Annual report on the health of the army in India
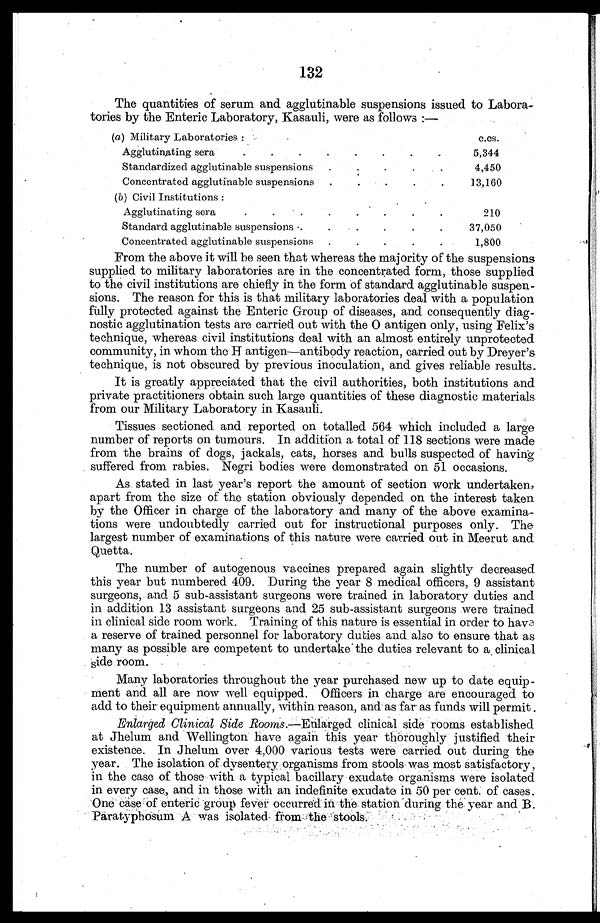
132
The quantities of serum and agglutinable suspensions issued to Labora
-
tories by the Enteric Laboratory, Kasauli, were as follows :—
(a) Military Laboratories:
c . c s .
Agglutinating sera . . .
5,344
Standardized agglutinable suspensions . . .
4,450
Concentrated agglutinable suspensions . . .
1.3,160
( b ) Civil Institutions:
A
A g g l u t i n a t i n g s e r a . . .
210
Standard agglutinable suspensions . . .
37,050
Concentrated agglutinable suspensions . . .
1,800
From the above it will be seen that whereas the majority of the suspensions
supplied to military laboratories are in the concentrated form, those supplied
to the civil institutions are chiefly in the form of standard agglutinable suspen
-
sions. The reason for this is that military laboratories deal with a population
fully protected against the Enteric Group of diseases, and consequently diag
-
nostic agglutination tests are carried out with the O antigen only, using Felix's
technique, whereas civil institutions deal with an almost entirely unprotected
community, in whom the H antigen—antibody reaction, carried out by Dreyer's
technique, is not obscured by previous inoculation, and gives reliable results.
It is greatly appreciated that the civil authorities, both institutions and
private practitioners obtain such large quantities of these diagnostic materials
from our Military Laboratory in Kasauli.
Tissues sectioned and reported on totalled 564 which included a large
number of reports on tumours. In addition a total of 118 sections were made
from the brains of dogs, jackals, cats, horses and bulls suspected of having
suffered from rabies. Negri bodies were demonstrated on 51 occasions.
As stated in last year's report the amount of section work undertaken,
apart from the size of the station obviously depended on the interest taken
by the Officer in charge of the laboratory and many of the above examina
-
tions were undoubtedly carried out for instructional purposes only. The
largest number of examinations of this nature were carried out in Meerut and
Quetta.
The number of autogenous vaccines prepared again slightly decreased
this year but numbered 409. During the year 8 medical officers, 9 assistant
surgeons, and 5 sub-assistant surgeons were trained in laboratory duties and
in addition 13 assistant surgeons and 25 sub-assistant surgeons were trained
in clinical side room work. Training of this nature is essential in order to
h a v e
a reserve of trained personnel for laboratory duties and also to ensure that as
many as possible are competent to undertake the duties relevant to clinic
a l s i d e r o o m .
Many laboratories throughout the year purchased new up to date equip
-
ment and all are now well equipped. Officers in charge are encouraged to
add to their equipment annually, within reason, and as far as funds will permit .
Enlarged Clinical Side Rooms.—
clinical side rooms established
at Jhelum and Wellington have again this year thoroughly justified their
existence. In Jhelum over 4,000 various tests were carried out during the
year. The isolation of dysentery organisms from stools was most satisfactory,
in the case of those with a typical bacillary exudate organisms were isolated
in every case, and in those with an indefinite exudate in 50 per cont. of cases.
One case of enteric group fever occurred in the station during the year and B.
Paratyphosum A was isolated from the stools.